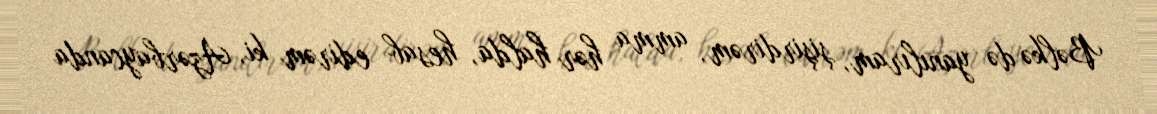
Bəlkə də yanılıram, şişirdirəm, amma hər halda, hesab edirəm ki, Azərbaycanda